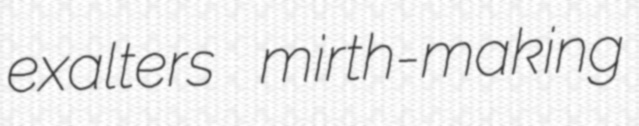
exalters mirth-making